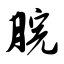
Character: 脘